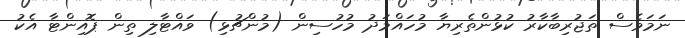
ނަމަވެސް ތަޖުރިބާކާރު ކުޅުންތެރިޔާ މުހައްމަދު މުހުސިން (މުންޗުޅި) ވައްޓާލި ތިން ޕޮއިންޓާ އެކު